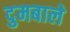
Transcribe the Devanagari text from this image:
दुमबाले